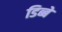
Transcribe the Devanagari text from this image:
डिब्बे